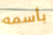
بأسمه